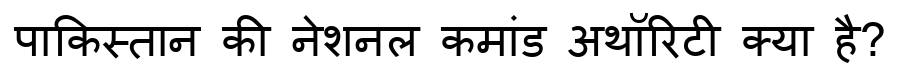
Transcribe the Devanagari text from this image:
पाकिस्तान की नेशनल कमांड अथॉरिटी क्या है?